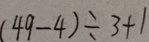
( 4 9 - 4 ) \div 3 + 1